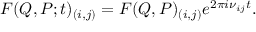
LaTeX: F ( Q , P ; t ) _ { ( i , j ) } = F ( Q , P ) _ { ( i , j ) } e ^ { 2 { \pi } i { \nu } _ { i j } t } .